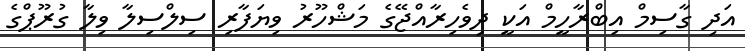
އަދި ގާސިމް އިބްރާހީމް އަކީ ދިވެހިރާއްޖޭގެ މަޝްހޫރު ވިޔަފާރި ސިލްސިލާ ވިލާ ގުރޫޕްގެ